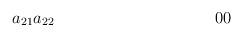
LaTeX: \begin{align*}a_{21} & a_{22} & 0 & 0 \\ \end{align*}